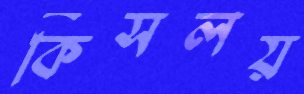
কিসলয়